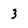
Character: 3